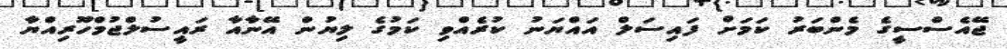
ޖޭއެސްސީގެ މެންބަރު ކަމަށް ފައިސަލް އައްޔަނު ކުރެއްވި ކަމުގެ ލިޔުން އޭނާއާ ރައީސުލްޖުމްހޫރިއްޔާ